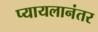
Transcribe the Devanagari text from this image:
प्यायलानंतर